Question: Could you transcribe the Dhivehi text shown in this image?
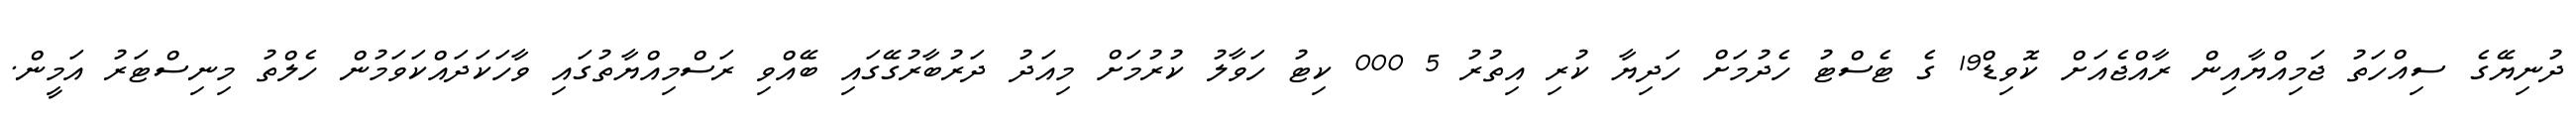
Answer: ދުނިޔޭގެ ސިއްހަތު ޖަމިއްޔާއިން ރާއްޖެއަށް ކޮވިޑް19 ގެ ޓެސްޓު ހެދުމަށް ހަދިޔާ ކުރި އިތުރު 5 000 ކިޓު ހަވާލު ކުރުމަށް މިއަދު ދަރުބާރުގޭގައި ބޭއްވި ރަސްމިއްޔާތުގައި ވާހަކަދައްކަވަމުން ހެލްތު މިނިސްޓަރު އަމީން.